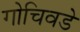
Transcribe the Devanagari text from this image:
गोचिवडे